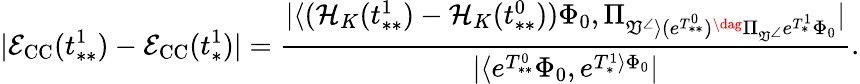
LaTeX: |\mathcal{E}_{\mathrm{CC}}(t_{**}^{1})-\mathcal{E}_{\mathrm{CC}}(t_{*}^{1})|=\frac{|\langle(\mathcal{H}_{K}(t_{**}^{1})-\mathcal{H}_{K}(t_{**}^{0}))\Phi_{0},\Pi_{\mathfrak{V}^{\angle}\rangle(e^{T_{**}^{0}})^{\dag}\Pi_{\mathfrak{V}^{\angle}}e^{T_{*}^{1}}\Phi_{0}}|}{|\langle e^{T_{**}^{0}}\Phi_{0},e^{T_{*}^{1}\rangle\Phi_{0}}|}.